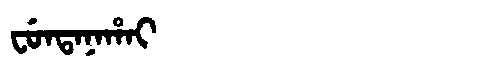
Manchu: ᠸᡠᠨᡨᠠᠨᠠᡥᠠᡳ
Romanization: FUNTANAHAI